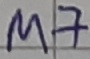
Text: M7